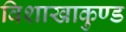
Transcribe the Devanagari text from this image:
विशाखाकुण्ड